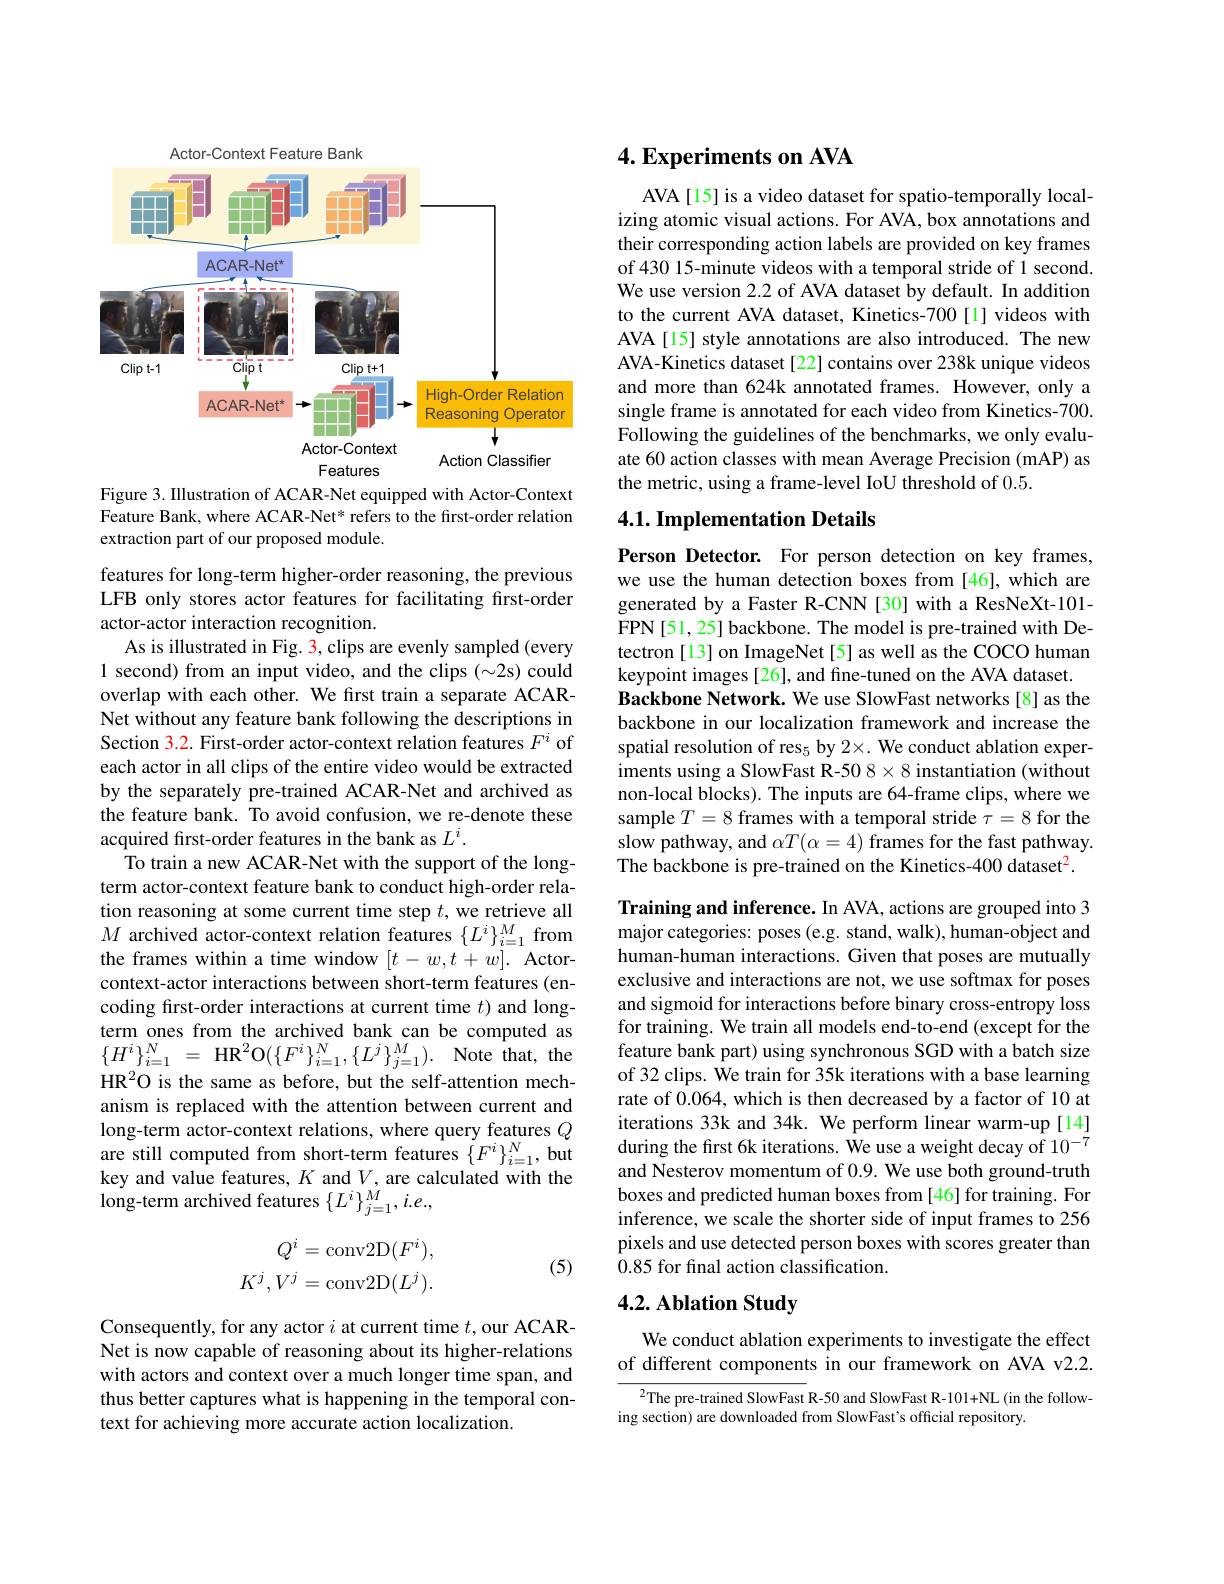
Actor-Context Feature Bank

<FigureHere>
Figure 3. Illustration of ACAR-Net equipped with Actor-Context

Feature Bank, where ACAR-Net* refers to the first-order relation
extraction part of our proposed module.

features for long-term higher-order reasoning, the previous LFB only stores actor features for facilitating first-order actor-actor interaction recognition.
As is illustrated in Fig. 3, clips are evenly sampled (every 1 second) from an input video, and the clips ($\sim2$s) could overlap with each other. We first train a separate ACARNet without any feature bank following the descriptions in Section 3.2. First-order actor-context relation features $F^i$ of each actor in all clips of the entire video would be extracted by the separately pre-trained ACAR-Net and archived as the feature bank. To avoid confusion, we re-denote these acquired fırst-order features in the bank as $L^i.$
To train a new ACAR-Net with the support of the longterm actor-context feature bank to conduct high-order relation reasoning at some current time step $t$, we retrieve all $M$ archived actor-context relation features $\{L^i\}_i=1^M$ from the frames within a time window $[t-w,t+w].$ Actorcontext-actor interactions between short-term features (encoding first-order interactions at current time $t)$ and longterm ones from the archived bank can be computed as $\{ H^{i}\} _{i= 1}^{N}$ = $\mathrm{HR}^{2}$O$( \{ F^{i}\} _{i= 1}^{N}, \{ L^{j}\} _{j= 1}^{M}) .$ Note that, the HR$^2$O is the same as before, but the self-attention mechanism is replaced with the attention between current and long-term actor-context relations, where query features $Q$ are still computed from short-term features $\{F^i\}_{i=1}^N$, but key and value features, $K$ and $V$, are calculated with the long-term archived features $\{L^i\}_{j=1}^M,i.e.$,
$$\begin{aligned}Q^i&=\mathrm{conv}2\mathrm{D}(F^i),\\K^j,V^j&=\mathrm{conv}2\mathrm{D}(L^j).\end{aligned}$$
(5)

Consequently, for any actor $i$ at current time $t$,our ACARNet is now capable of reasoning about its higher-relations with actors and context over a much longer time span, and thus better captures what is happening in the temporal context for achieving more accurate action localization.

## $4. \textbf{Experiments on AVA}$

AVA[15] is a video dataset for spatio-temporally localizing atomic visual actions. For AVA, box annotations and their corresponding action labels are provided on key frames of 430 15-minute videos with a temporal stride of 1 second. We use version 2.2 of AVA dataset by default. In addition to the current AVA dataset, Kinetics-700[1] videos with AVA[15] style annotations are also introduced. The new AVA-Kinetics dataset [22] contains over 238k unique videos and more than 624k annotated frames. However, only a single frame is annotated for each video from Kinetics-700. Following the guidelines of the benchmarks, we only evaluate 60 action classes with mean Average Precision (mAP) as the metric, using a frame-level IoU threshold of 0.5.

## 4.1. Implementation Details

Person Detector. For person detection on key frames, we use the human detection boxes from [46], which are generated by a Faster R-CNN [30] with a ResNeXt-101- FPN[ 51, 25] backbone. The model is pre- trained with De- tectron [13] on ImageNet [5] as well as the COCO human keypoint images [26], and fine-tuned on the AVA dataset.
Backbone Network. We use SlowFast networks[8] as the backbone in our localization framework and increase the spatial resolution of res$_5$ by 2×. We conduct ablation experiments using a SlowFast R-50 8×8 instantiation (without non-local blocks). The inputs are 64-frame clips, where we sample $T=8$ frames with a temporal stride $\hat{\tau}=8$ for the slow pathway, and $\alpha T(\alpha=4)$ frames for the fast pathway. The backbone is pre-trained on the Kinetics-400 dataset$^2.$

Training and inference. In AVA, actions are grouped into 3 major categories: poses (e.g. stand, walk), human-object and human-human interactions. Given that poses are mutually exclusive and interactions are not, we use softmax for poses and sigmoid for interactions before binary cross-entropy loss for training. We train all models end-to-end (except for the feature bank part) using synchronous SGD with a batch size of 32 clips. $\hat{\text{We train for 35k iterations with a base learning}}$ rate of 0.064, which is then decreased by a factor of 10 at iterations 33k and 34k. We perform linear warm-up[14] during the first 6k iterations. We use a weight decay of $10^{-7}$ and Nesterov momentum of 0.9. We use both ground-truth boxes and predicted human boxes from [46] for training. For inference, we scale the shorter side of input frames to 256 pixels and use detected person boxes with scores greater than 0.85 for final action classification.

## 4.2. Ablation Study

We conduct ablation experiments to investigate the effect of different components in our framework on AVA v2.2.

$^{2}$The pre-trained SlowFast R-50 and SlowFast R-101+NL(in the follow-
ing section) are downloaded from SlowFast's official repository